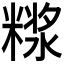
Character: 𰫊